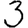
Digit: 3